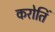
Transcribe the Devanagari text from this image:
करोतिं